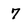
Character: 7